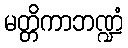
မတ္တိကာဘဏ္ဍံ